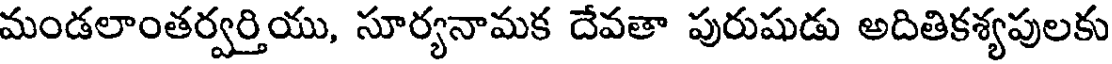
మండలాంతర్వర్తియు, సూర్యనామక దేవతా పురుషుడు అదితికశ్యపులకు